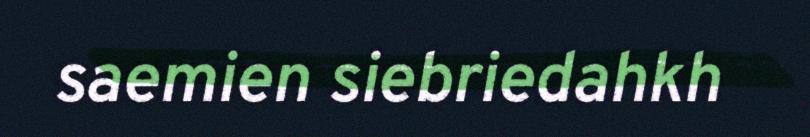
saemien siebriedahkh